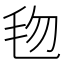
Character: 𬆿